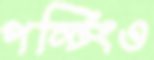
পন্টিংও